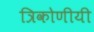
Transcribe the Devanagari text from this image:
त्रिकोणीयी